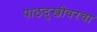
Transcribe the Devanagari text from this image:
पाठदुखीवरचा